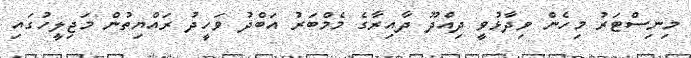
މިނިސްޓަރު މިހެން ވިދާޅުވީ ދިއްދޫ ދާއިރާގެ މެމްބަރު އަބްދު ވަހީދު ރައްޔިތުން މަޖިލީހުގައި